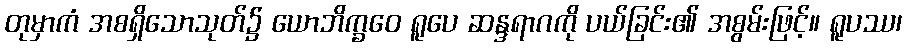
တုမှာကံ အစရှိသောသုတ်၌ ယောဘိက္ခဝေ ရူပေ ဆန္ဒရာဂကို ပယ်ခြင်း၏ အစွမ်းဖြင့်။ ရူပဿ၊